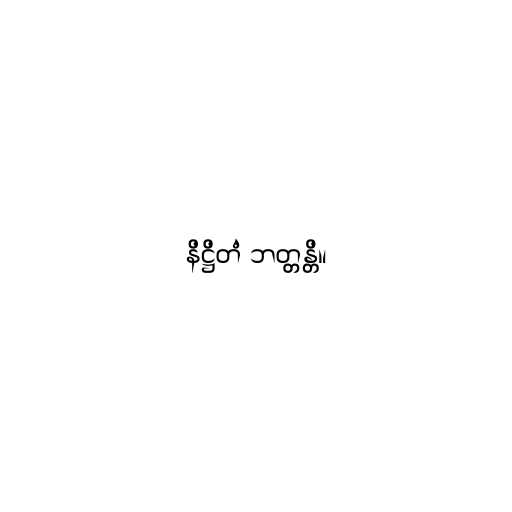
နိဋ္ဌိတံ ဘတ္တန္တိ။